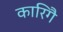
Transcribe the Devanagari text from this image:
कारिगै